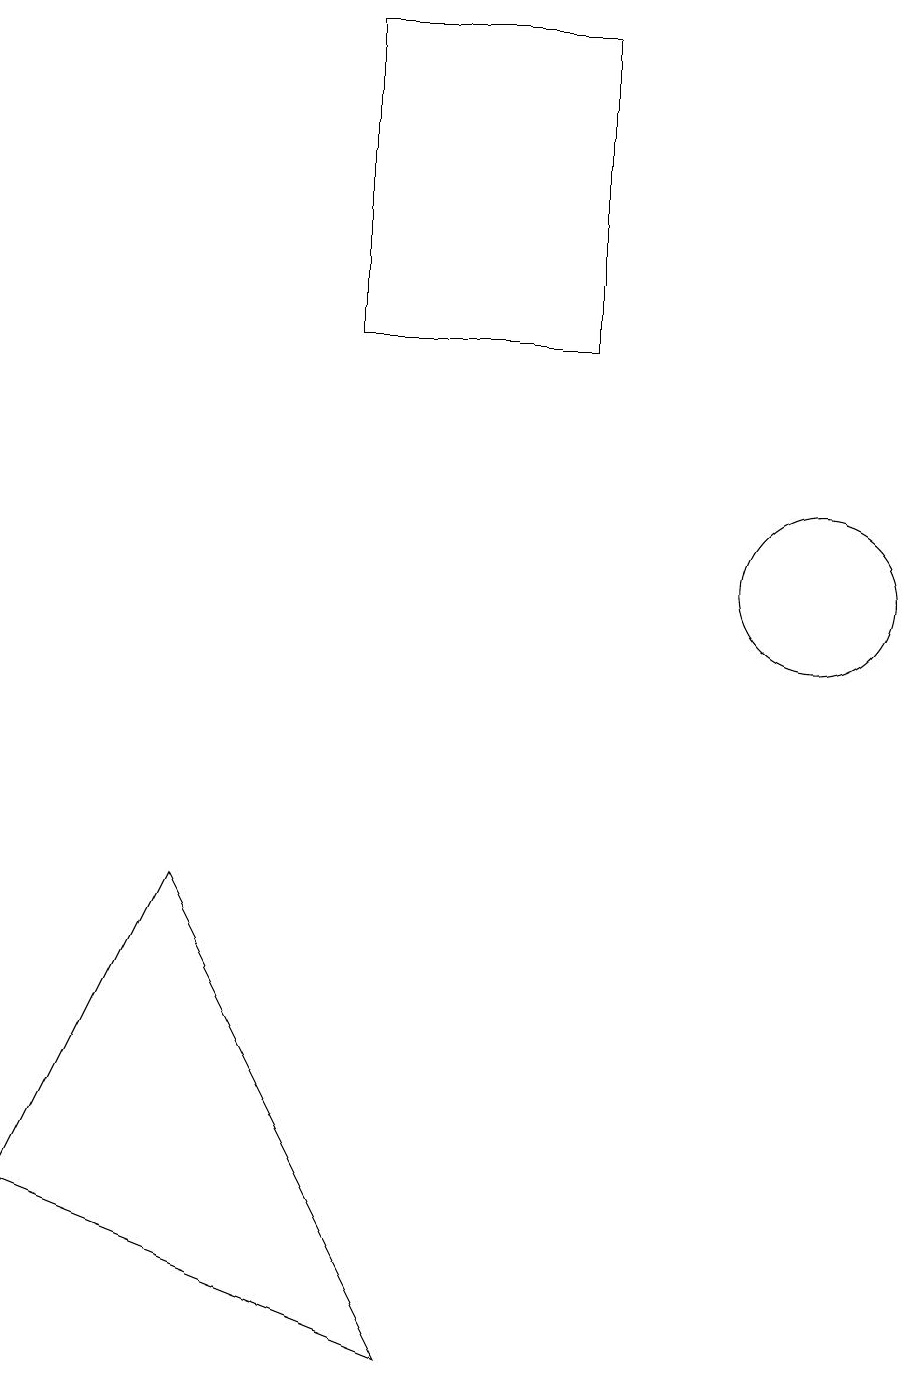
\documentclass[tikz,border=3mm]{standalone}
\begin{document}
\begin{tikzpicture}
\draw (11,12) circle (1);
\draw (1,4) -- (3,8) -- (6,2) -- cycle;
\draw (8,15) rectangle (5,19);
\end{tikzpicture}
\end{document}